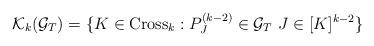
LaTeX: \begin{align*}\mathcal K_k(\mathcal G_T)=\{K\in \mathrm{Cross}_k:P^{(k-2)}_J\in \mathcal G_T ~ J\in [K]^{k-2} \}\end{align*}